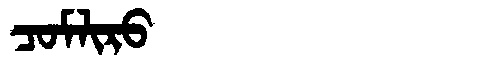
Manchu: ᠴᠣᠮᠯᡳᡵᠣ
Romanization: COMLIRO